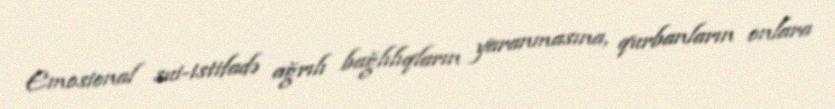
Emosional sui-istifadə ağrılı bağlılıqların yaranmasına, qurbanların onlara